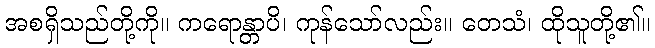
အစရှိသည်တို့ကို။ ကရောန္တာပိ၊ ကုန်သော်လည်း။ တေသံ၊ ထိုသူတို့၏။